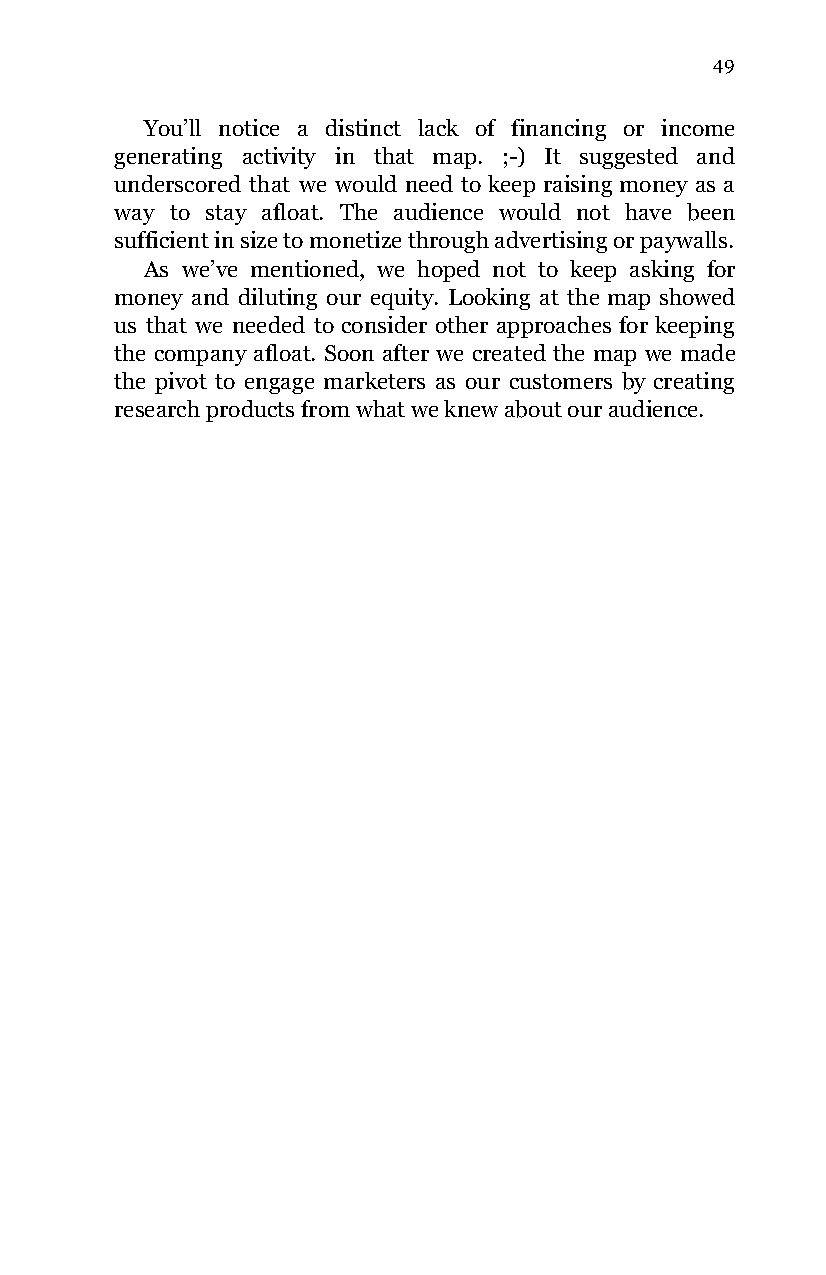
49
 You’ll notice a distinct lack of financing or income
 generating activity in that map. ;-) It suggested and
 underscored that we would need to keep raising money as a
 way to stay afloat. The audience would not have been
 sufficient in size to monetize through advertising or paywalls.
 As we’ve mentioned, we hoped not to keep asking for
 money and diluting our equity. Looking at the map showed
 us that we needed to consider other approaches for keeping
 the company afloat. Soon after we created the map we made
 the pivot to engage marketers as our customers by creating
 research products from what we knew about our audience.